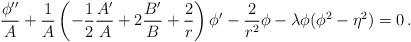
LaTeX: \begin{align*}{\phi''\over A} +{1\over A}\left( -{1\over 2}{A'\over A}+2{B'\over B}+{2\over r}\right)\phi'-{2 \over r^2}\phi -\lambda\phi (\phi^2-\eta^2) =0\,.\end{align*}